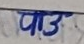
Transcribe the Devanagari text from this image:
पाउ